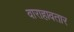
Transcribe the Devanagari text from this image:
वाराहावतार